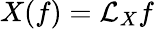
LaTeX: X(f)={\mathcal{L}}_{X}f